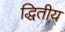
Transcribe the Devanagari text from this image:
द्धितीय